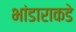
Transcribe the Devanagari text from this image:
भांडाराकडे